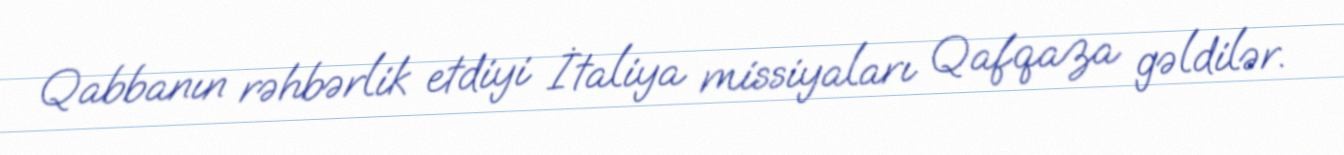
Qabbanın rəhbərlik etdiyi İtaliya missiyaları Qafqaza gəldilər.